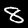
Digit: 8